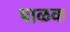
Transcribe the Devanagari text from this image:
पाळक